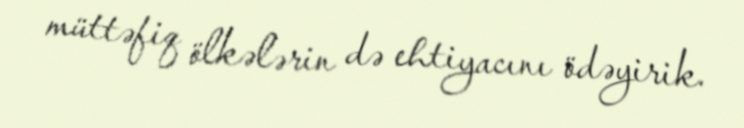
müttəfiq ölkələrin də ehtiyacını ödəyirik.